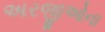
અરજીઓના